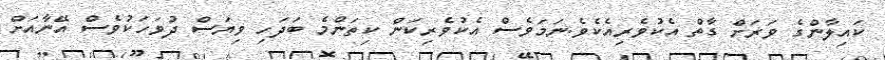
ކައިލާންގެ ވަރަށް ގާތް އެކުވެރިއެކެވެ.ނަމަވެސް އެކުވެރިކަން ކިތަންމެ ބަދަހި ވިޔަސް ދުވަހަކުވެސް އޭނާއަށް